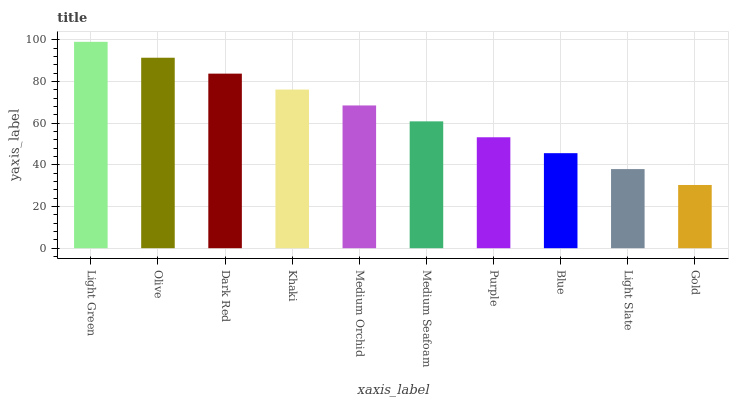
| xaxis_label | bars |
 | --- | --- |
 | Light Green | 99 |
 | Olive | 91.4 |
 | Dark Red | 83.7 |
 | Khaki | 76.1 |
 | Medium Orchid | 68.5 |
 | Medium Seafoam | 60.8 |
 | Purple | 53.2 |
 | Blue | 45.6 |
 | Light Slate | 38 |
 | Gold | 30.3 |